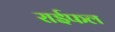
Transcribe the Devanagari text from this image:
राईफल